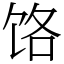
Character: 饹